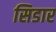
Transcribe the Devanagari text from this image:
सिडार